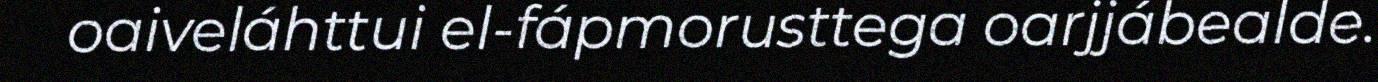
oaiveláhttui el-fápmorusttega oarjjábealde.